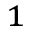
^ 1